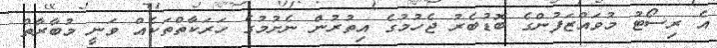
އެ ރިސޯޓު މުވައްޒަފުންގެ ބޮޑުބެރު ޖެހުމުގެ އިތުރުން ނެށުމުގެ ހަރަކާތްތަކެއް ވަނީ މުބާރާތް